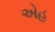
એહ